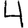
Digit: 4